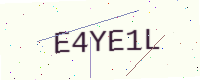
Text: E4YE1L